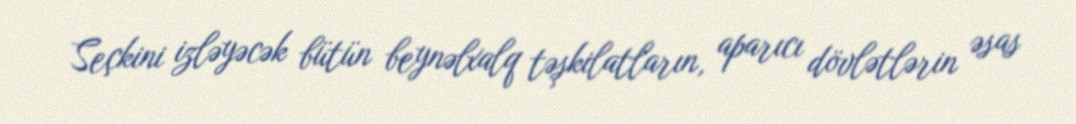
Seçkini izləyəcək bütün beynəlxalq təşkilatların, aparıcı dövlətlərin əsas